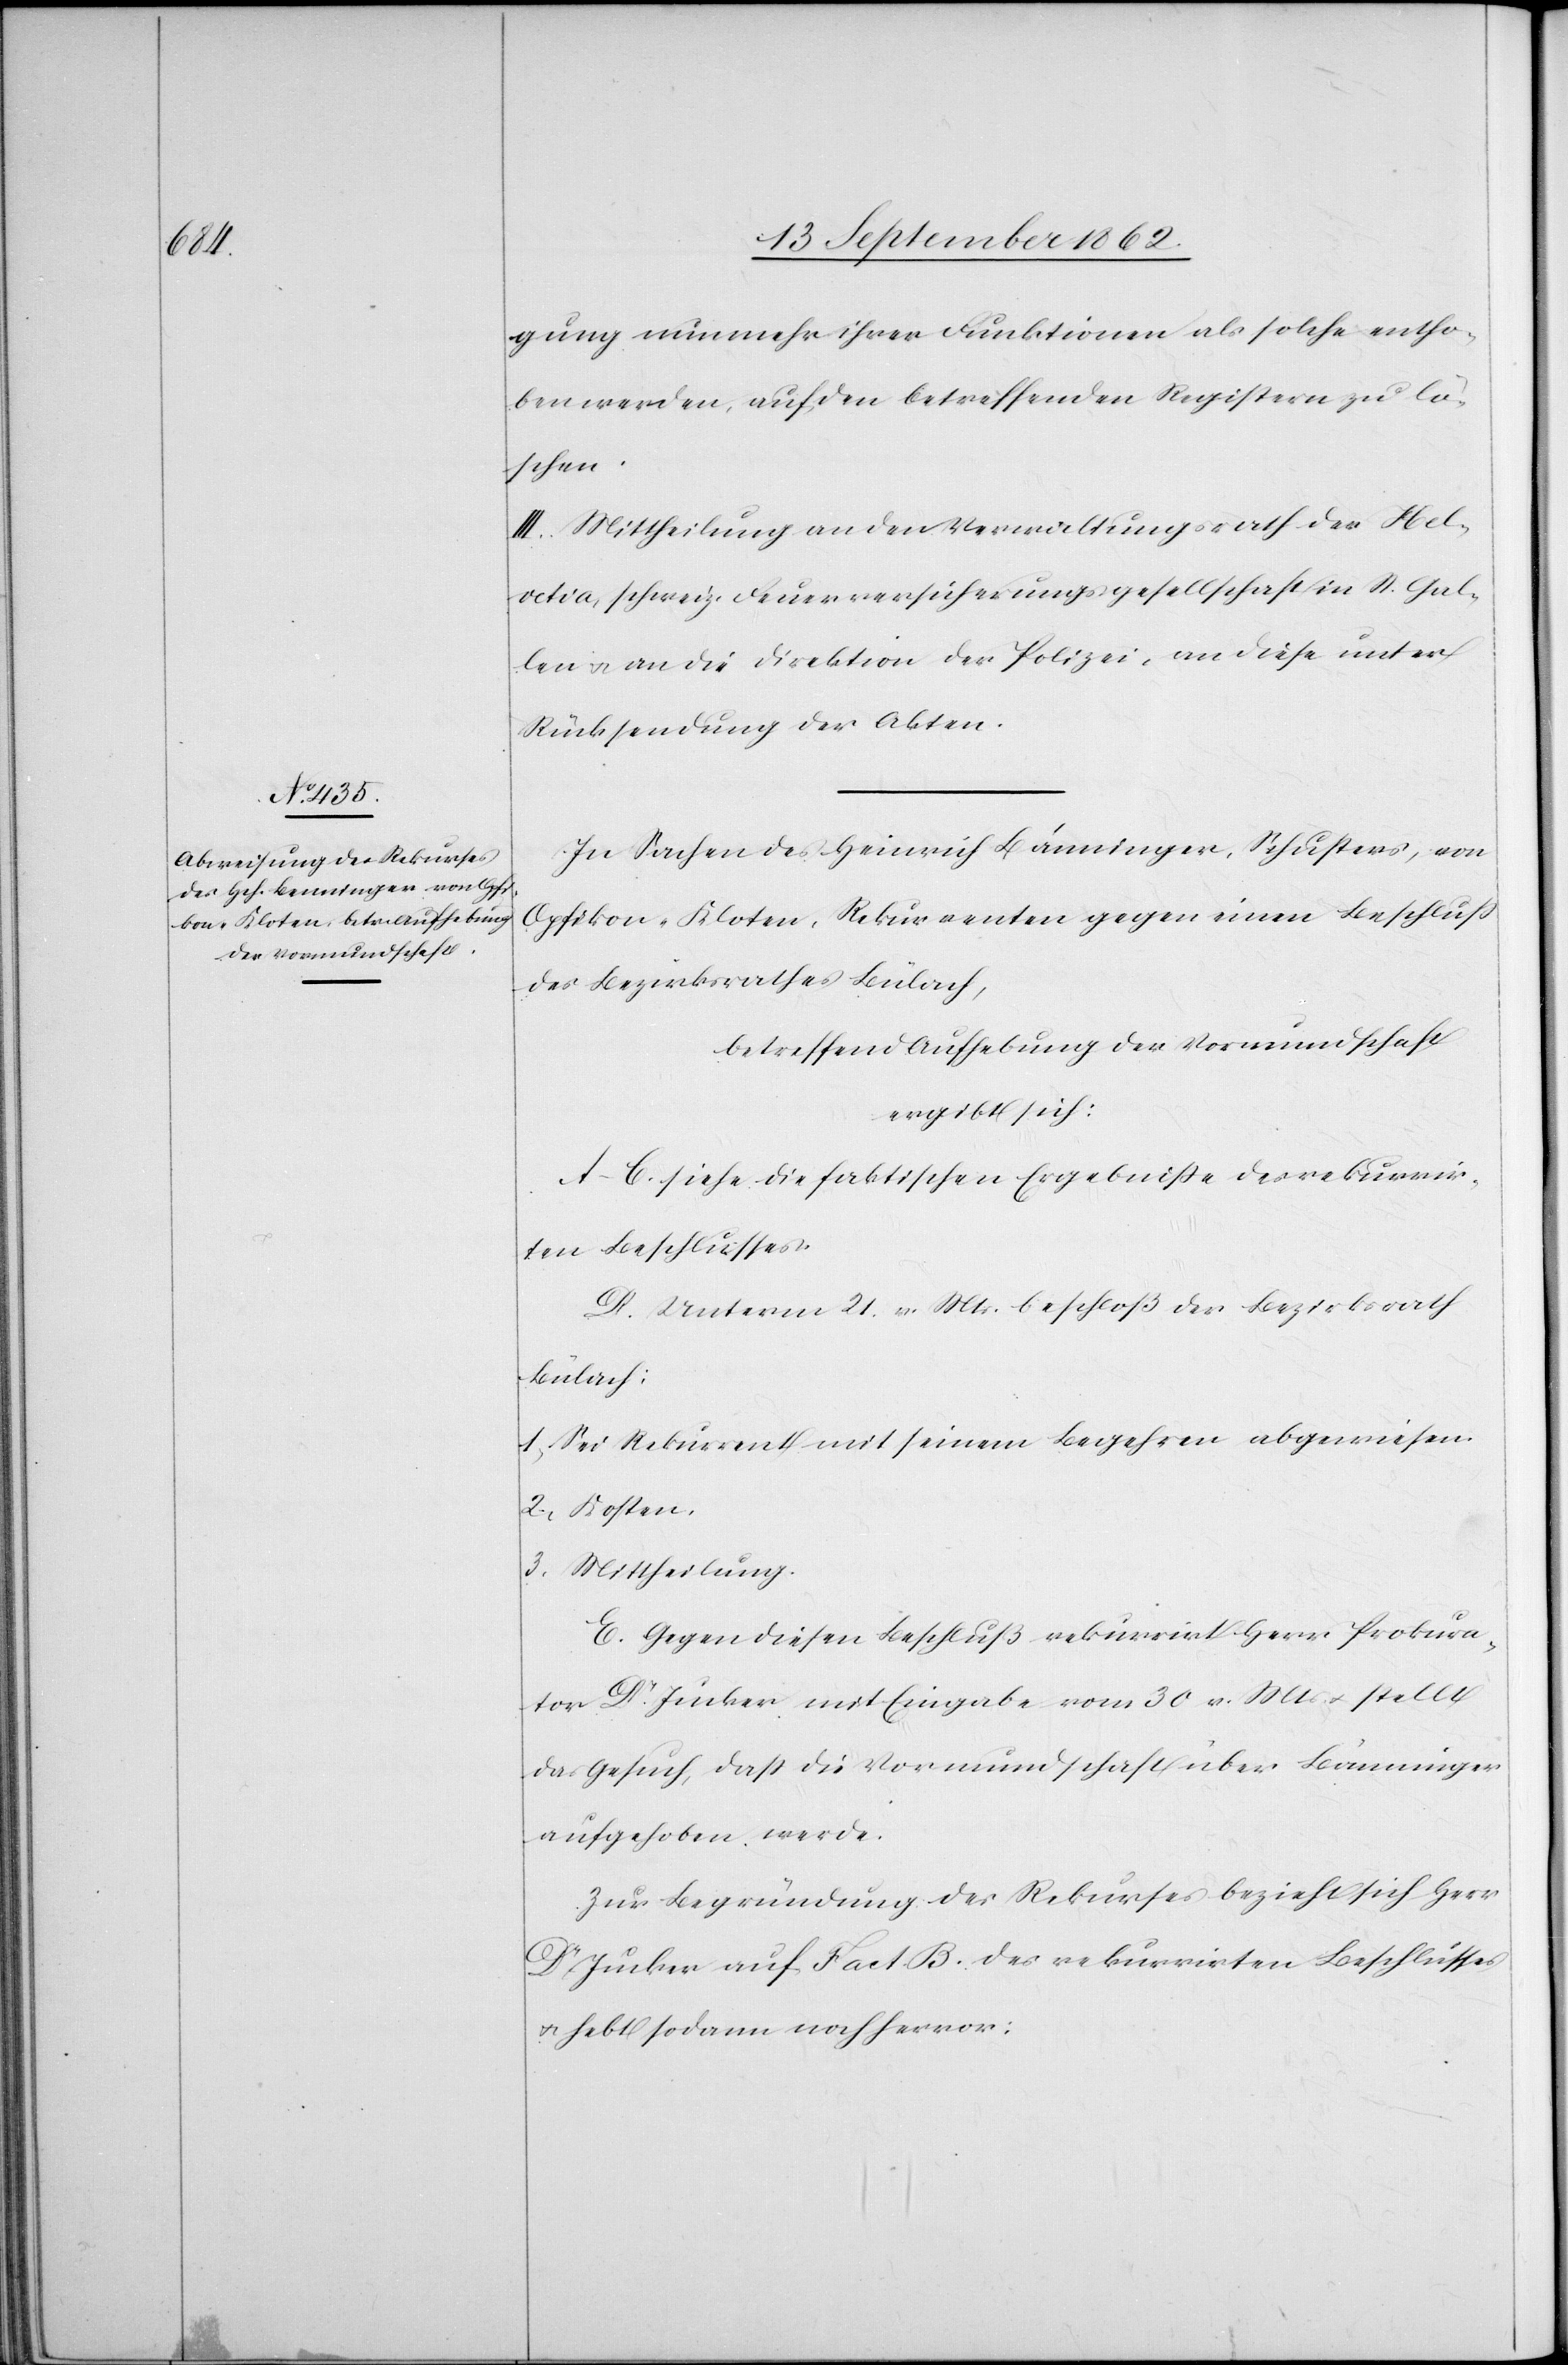
gung nunmehr ihrer Funktionen als solche entho¬
ben werden, auf den betreffenden Registern zu lö¬
schen.
III. Mittheilung an den Verwaltungsrath der Hel¬
vetia, schweiz. Feuerversicherungsgesellschaft in St. Gal¬
len u. an die Direktion der Polizei, an diese unter
Rücksendung der Akten.
In Sachen des Heinrich Bänninger, Schusters, von
Opfikon-Kloten, Rekurrenten gegen einen Beschluß
des Bezirksrathes Bülach,
betreffend Aufhebung der Vormundschaft
ergibt sich:
A–E. siehe die faktischen Ergebniße des rekurrir¬
ten Beschlusses.
D. Unterm 21. v. Mts. beschloß der Bezirksrath
Bülach:
1. Sei Rekurrent mit seinem Begehren abgewiesen.
2. Kosten.
3. Mittheilung.
E. Gegen diesen Beschluß rekurrirt Herr Prokura¬
tor Dr. Jucker mit Eingabe vom 30. v. Mts. u. stellt
das Gesuch, daß die Vormundschaft über Bänninger
aufgehoben werde.
Zur Begründung des Rekurses bezieht sich Herr
Dr. Jucker auf Fact. B. des rekurrirten Beschlusses
u. hebt sodann noch hervor: